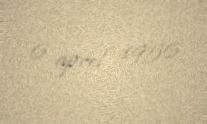
6 aprel 1956